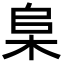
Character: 𬂫